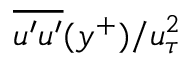
\overline { { u ^ { \prime } u ^ { \prime } } } ( y ^ { + } ) / u _ { \tau } ^ { 2 }